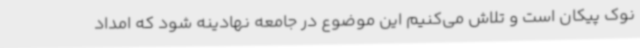
نوک پیکان است و تلاش می‌کنیم این موضوع در جامعه نهادینه شود که امداد